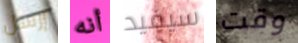
إرسل أنه سيفيد وقت